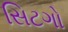
સિટગો